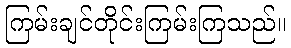
ကြမ်းချင်တိုင်းကြမ်းကြသည်။